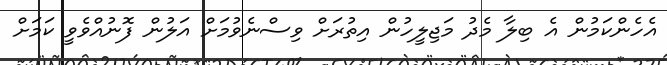
އެހެންކަމުން އެ ބިލާ މެދު މަޖިލީހުން އިތުރަށް ވިސްނެވުމަށް އަލުން ފޮނުއްވެވީ ކަމަށް